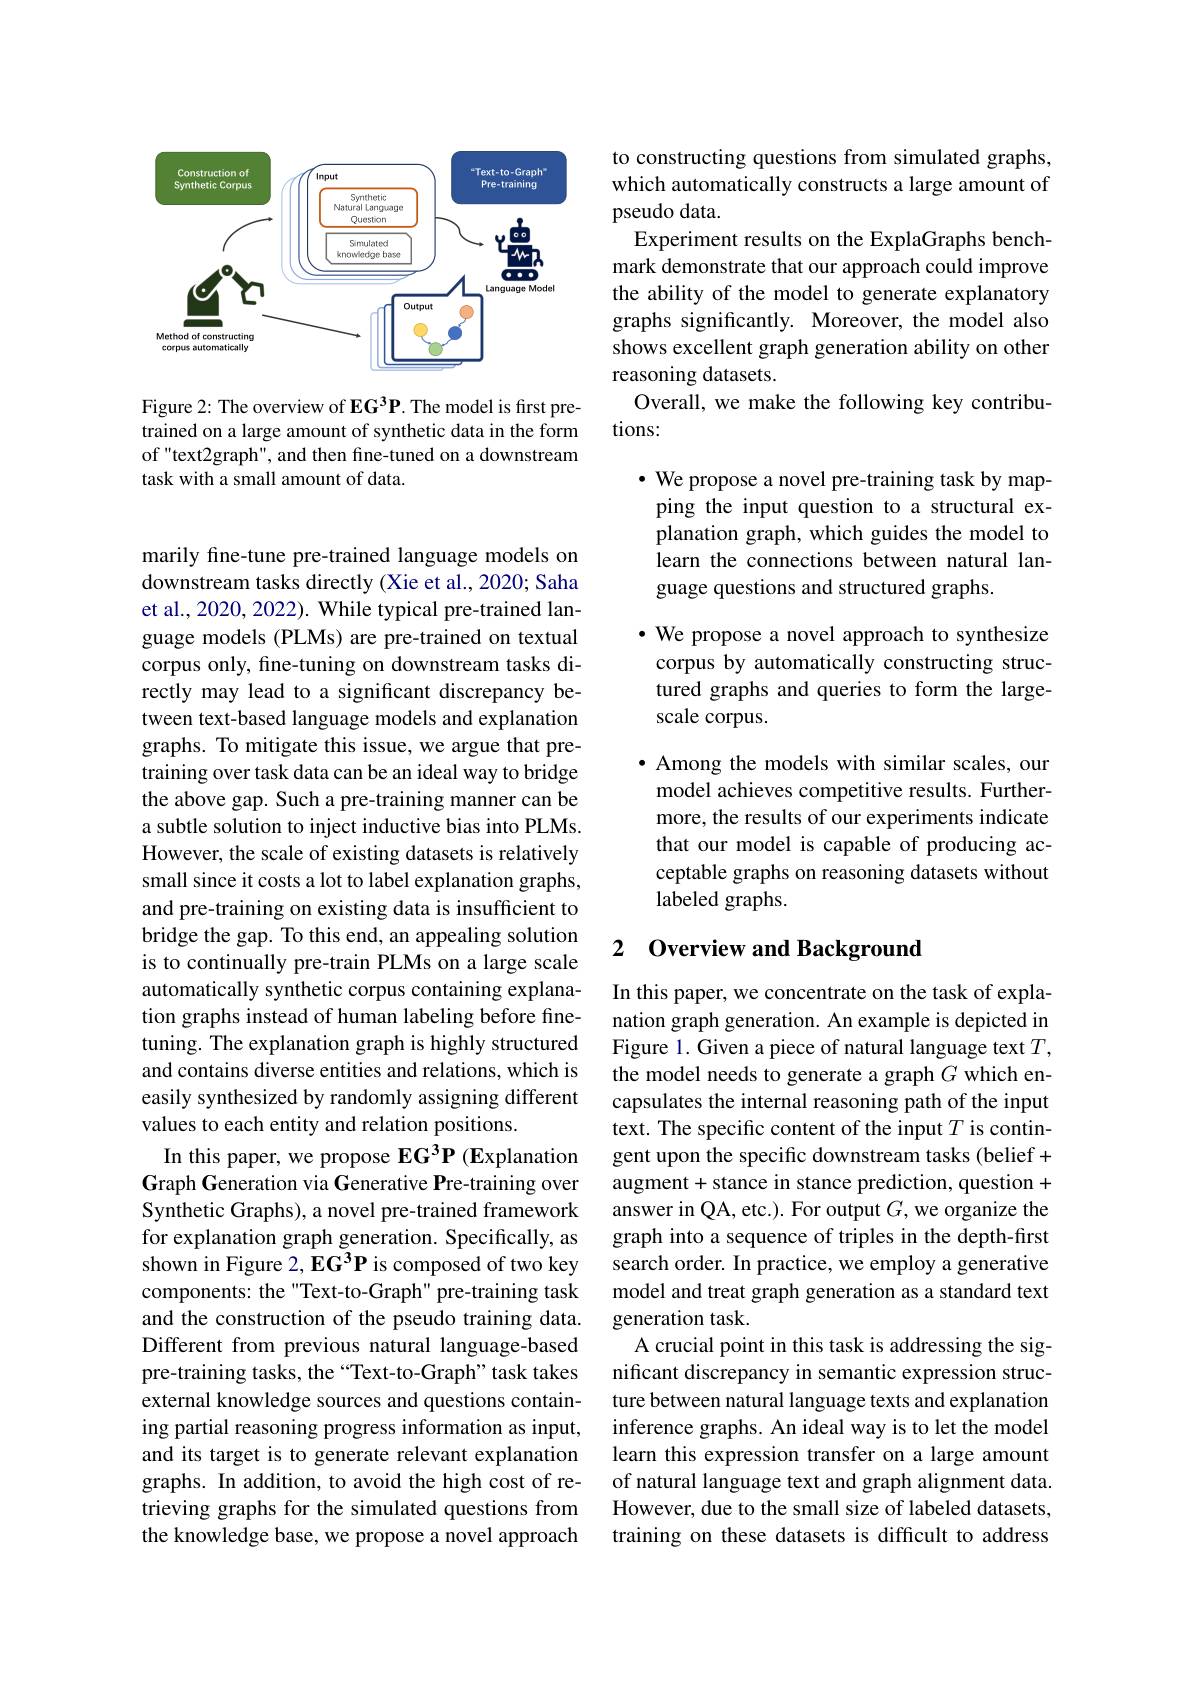
<FigureHere>

Figure 2: The overview of EG$^3\mathbf{P}.$ The model is first pretrained on a large amount of synthetic data in the form of "text2graph", and then fine-tuned on a downstream task with a small amount of data.

marily fine-tune pre-trained language models on downstream tasks directly (Xie et al., 2020; Saha et al., 2020, 2022). While typical pre-trained language models (PLMs) are pre-trained on textual corpus only, fine-tuning on downstream tasks directly may lead to a significant discrepancy between text-based language models and explanation graphs. To mitigate this issue, we argue that pretraining over task data can be an ideal way to bridge the above gap. Such a pre-training manner can be a subtle solution to inject inductive bias into PLMs. However, the scale of existing datasets is relatively small since it costs a lot to label explanation graphs, and pre-training on existing data is insufficient to bridge the gap. To this end, an appealing solution is to continually pre-train PLMs on a large scale automatically synthetic corpus containing explanation graphs instead of human labeling before finetuning. The explanation graph is highly structured and contains diverse entities and relations, which is easily synthesized by randomly assigning different values to each entity and relation positions.
In this paper, we propose EG 3P (Explanation Graph Generation via Generative Pre-training over Synthetic Graphs), a novel pre-trained framework for explanation graph generation. Specifically, as shown in Figure 2, EG$^3$P is composed of two key components: the "Text-to-Graph" pre-training task and the construction of the pseudo training data. Different from previous natural language-based pre-training tasks, the “Text-to-Graph” task takes external knowledge sources and questions containing partial reasoning progress information as input, and its target is to generate relevant explanation graphs. In addition, to avoid the high cost of retrieving graphs for the simulated questions from the knowledge base, we propose a novel approach

to constructing questions from simulated graphs, which automatically constructs a large amount of pseudo data.
Experiment results on the ExplaGraphs benchmark demonstrate that our approach could improve the ability of the model to generate explanatory graphs significantly. Moreover, the model also shows excellent graph generation ability on other reasoning datasets.
Overall, we make the following key contribu-
tions:

$\bullet$ We propose a novel pre-training task by mapping the input question to a structural explanation graph, which guides the model to learn the connections between natural language questions and structured graphs.

$\cdot$ We propose a novel approach to synthesize corpus by automatically constructing structured graphs and queries to form the largescale corpus.

$\bullet$ Among the models with similar scales, our model achieves competitive results. Furthermore, the results of our experiments indicate that our model is capable of producing acceptable graphs on reasoning datasets without labeled graphs.

### 2 Overview and Background

In this paper, we concentrate on the task of explanation graph generation. An example is depicted in Figure 1. Given a piece of natural language text $T$, the model needs to generate a graph $G$ which encapsulates the internal reasoning path of the input text. The specific content of the input $T$ is contingent upon the specific downstream tasks (belief+ augment+stance in stance prediction, question + answer in QA, etc.). For output $G$, we organize the graph into a sequence of triples in the depth-first search order. In practice, we employ a generative model and treat graph generation as a standard text generation task.
A crucial point in this task is addressing the significant discrepancy in semantic expression structure between natural language texts and explanation inference graphs. An ideal way is to let the model learn this expression transfer on a large amount of natural language text and graph alignment data. However, due to the small size of labeled datasets, training on these datasets is difficult to address